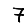
Digit: 7